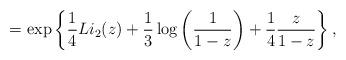
LaTeX: \begin{align*} = \exp\left\{\frac{1}{4} Li_2(z) + \frac{1}{3} \log\left(\frac{1}{1-z}\right) + \frac{1}{4}\frac{z}{1-z} \right\},\end{align*}